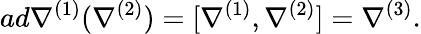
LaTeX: ad\nabla^{(1)}(\nabla^{(2)})=[\nabla^{(1)},\nabla^{(2)}]=\nabla^{(3)}.